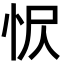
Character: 𢘧